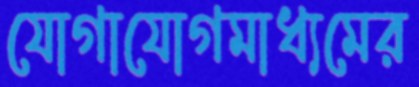
যোগাযোগমাধ্যমের